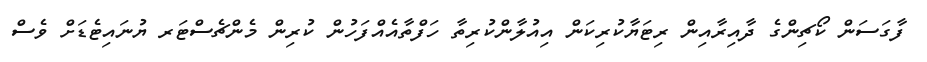
ފާގަސަން ކޯޗިންގެ ދާއިރާއިން ރިޓަޔާކުރިކަން އިއުލާންކުރިތާ ހަފްތާއެއްފަހުން ކުރިން މެންޗެސްޓަރ ޔުނައިޓެޑަށް ވެސް